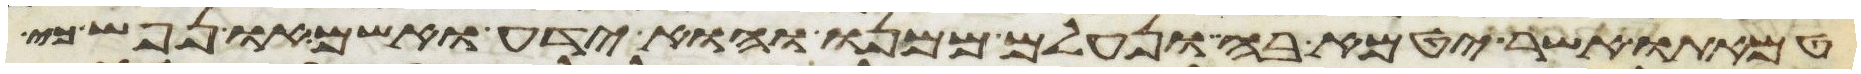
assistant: טמאתו אשר יטמא בה ונעלם ממנו והוא ידע ואשם ונפש כי